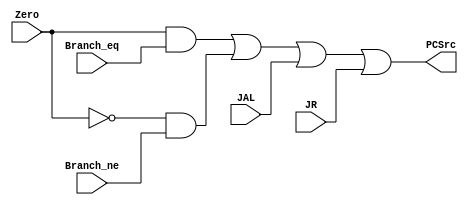
module jump_resolve (Zero, JAL, JR, Branch_ne, Branch_eq,
                     PCSrc);
    input Zero, JAL, JR, Branch_eq, Branch_ne;
    output PCSrc;

    wire Branch_eq, Branch_ne, JAL, JR, Zero, PCSrc;

    assign PCSrc = Zero & Branch_eq | ~Zero & Branch_ne | JAL | JR;
endmodule